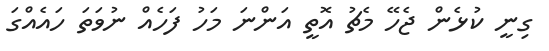
ގިނީ ކުޅެން ޖެހޭ މެޗު އޮތީ އަންނަ މަހު ފަހެއް ނުވަތަ ހައެއްގަ